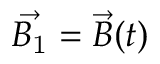
\vec { B _ { \mathrm { 1 } } } = \vec { B } ( t )